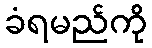
ခံရမည်ကို